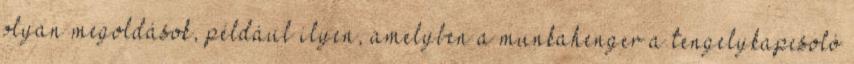
olyan megoldások, például ilyen, amelyben a munkahenger a tengelykapcsoló